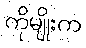
ကိုမျိုးက